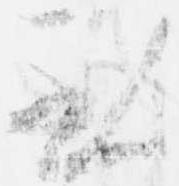
至